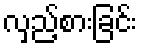
လှည့်စားခြင်း